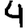
Digit: 4